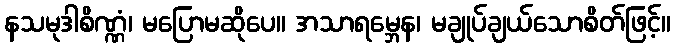
နသမုဒါစိဏ္ဏံ၊ မပြောမဆိုပေ။ အသာရမ္ဘေန၊ မချုပ်ချယ်သောစိတ်ဖြင့်။